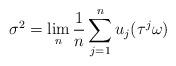
LaTeX: \begin{align*}\sigma^2 = \lim_n \frac{1}{n} \sum_{j=1}^n u_j(\tau^j\omega) \end{align*}